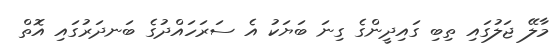
މާލޭ ޖަލުގައި ތިބި ގައިދީންގެ ގިނަ ބަޔަކު އެ ސަރަހައްދުގެ ބަނދަރުގައި އޮތް